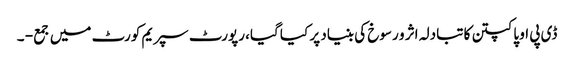
ڈی پی او پاکپتن کا تبادلہ اثر و رسوخ کی بنیاد پر کیا گیا، رپورٹ سپریم کورٹ میں جمع - ۔